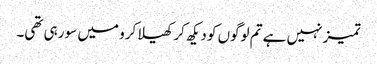
تمیز نہیں ہے تم لوگوں کو دیکھ کر کھیلا کرو میں سو رہی تھی۔